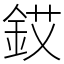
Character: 銰